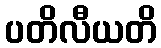
ပတိလီယတိ